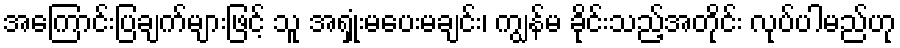
အကြောင်းပြချက်များဖြင့် သူ အရှုံးမပေးမချင်း၊ ကျွန်မ ခိုင်းသည့်အတိုင်း လုပ်ပါမည်ဟု